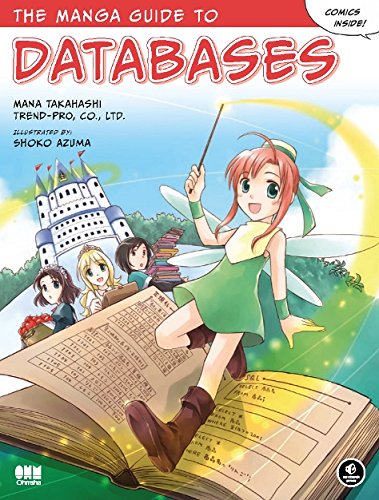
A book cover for The Manga Guide to Databases; Mana Takahashi; Comics & Graphic Novels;